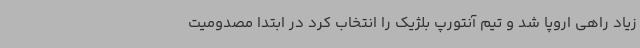
زیاد راهی اروپا شد و تیم آنتورپ بلژیک را انتخاب کرد در ابتدا مصدومیت